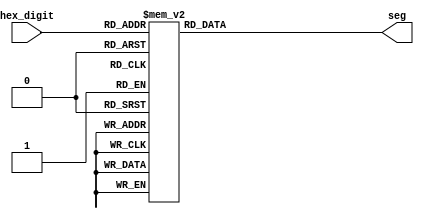
module hex_to_seg(
    input [3:0] hex_digit,
    output [6:0] seg
    );

    reg [6:0] seg;

    always @(hex_digit)
        case (hex_digit)
            4'h0: seg = 7'b0111111;
            4'h1: seg = 7'b0000110;
            4'h2: seg = 7'b1011011;
            4'h3: seg = 7'b1001111;
            4'h4: seg = 7'b1100110;
            4'h5: seg = 7'b1101101;
            4'h6: seg = 7'b1111101;
            4'h7: seg = 7'b0000111;
            4'h8: seg = 7'b1111111;
            4'h9: seg = 7'b1100111;
            4'ha: seg = 7'b1110111;
            4'hb: seg = 7'b1111100;
            4'hc: seg = 7'b0111001;
            4'hd: seg = 7'b1011110;
            4'he: seg = 7'b1111001;
            4'hf: seg = 7'b1110001;
        endcase
endmodule